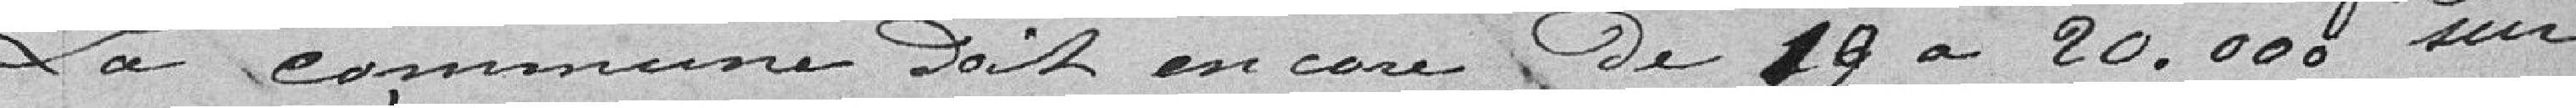
La commune doit encore de 19 à 20 000 francs sur